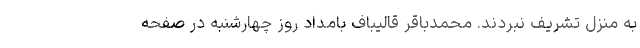
به منزل تشریف نبردند. محمدباقر قالیباف بامداد روز چهارشنبه در صفحه